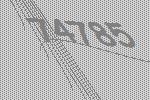
74785